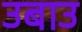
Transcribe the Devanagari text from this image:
उबाउ